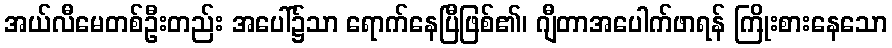
အယ်လီမေတစ်ဦးတည်း အပေါ်၌သာ ရောက်နေပြီဖြစ်၏၊ ဂျီတာအပေါက်ဖာရန် ကြိုးစားနေသော